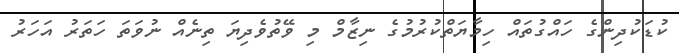
ކުޑަކުދިންގެ ހައްގުތައް ހިމާޔަތްކުރުމުގެ ނިޒާމް މި ވޭތުވެދިޔަ ތިނެއް ނުވަތަ ހަތަރު އަހަރު